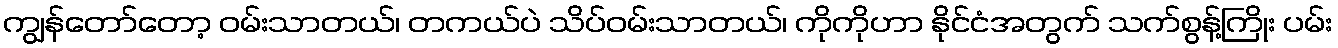
ကျွန်တော်တော့ ဝမ်းသာတယ်၊ တကယ်ပဲ သိပ်ဝမ်းသာတယ်၊ ကိုကိုဟာ နိုင်ငံအတွက် သက်စွန့်ကြိုး ပမ်း